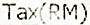
TAX(RM)